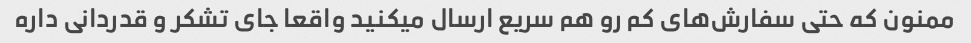
ممنون که حتی سفارش‌های کم رو هم سریع ارسال میکنید واقعا جای تشکر و قدردانی داره